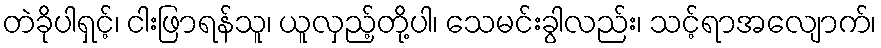
တဲခိုပါရှင့်၊ ငါးဖြာရန်သူ၊ ယူလှည့်တို့ပါ၊ သေမင်းခွါလည်း၊ သင့်ရာအလျောက်၊